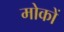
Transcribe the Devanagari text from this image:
मोकों